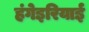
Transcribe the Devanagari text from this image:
हंगेइरियाई